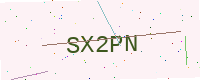
Text: SX2PN